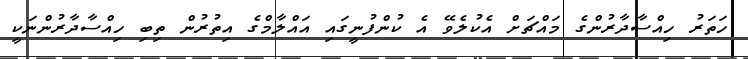
ހަތަރު ހިއްސާދާރުންގެ މައްޗަށް އެކުލެވޭ އެ ކުންފުނީގައި އައްލާމްގެ އިތުރުން ތިބި ހިއްސާދާރުންނަކީ